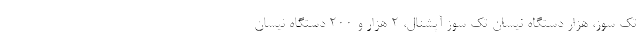
تک سوز، هزار دستگاه نیسان تک سوز آپشنال، ۲ هزار و ۲۰۰ دستگاه نیسان